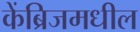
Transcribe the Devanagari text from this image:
केंब्रिजमधील